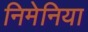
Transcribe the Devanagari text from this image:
निमेनिया